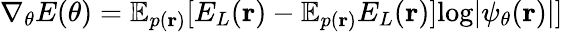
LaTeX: \nabla_{\theta}E(\theta)=\mathbb{E}_{p(\mathbf{r})}[E_{L}(\mathbf{r})-\mathbb{E}_{p(\mathbf{r})}E_{L}(\mathbf{r})]\textup{log}|\psi_{\theta}(\mathbf{r})|]